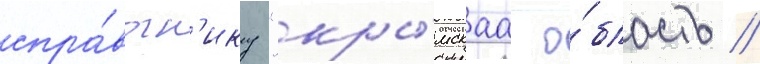
спра́вочн'ику "кры́мскаа о́бласть //